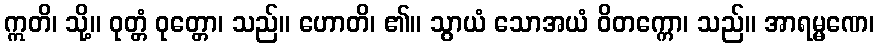
ဣတိ၊ သို့။ ဝုတ္တံ ဝုတ္တော၊ သည်။ ဟောတိ၊ ၏။ သွာယံ သောအယံ ဝိတက္ကော၊ သည်။ အာရမ္မဏေ၊